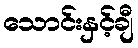
သောင်းနှင့်ချီ